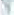
אות: ך